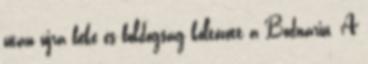
után újra béke és boldogság költözött a Bodnariu. A